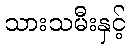
သားသမီးနှင့်